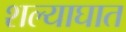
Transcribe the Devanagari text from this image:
शल्याघात